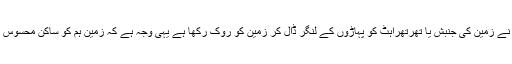
اللہ تعالیٰ نے زمین کی جنبش یا تھرتھراہٹ کو پہاڑوں کے لنگر ڈال کر زمین کو روک رکھا ہے یہی وجہ ہے کہ زمین ہم کو ساکن محسوس ہوتی ہے۔